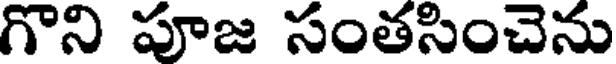
గొని పూజ సంతసించెను